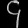
Digit: ၄